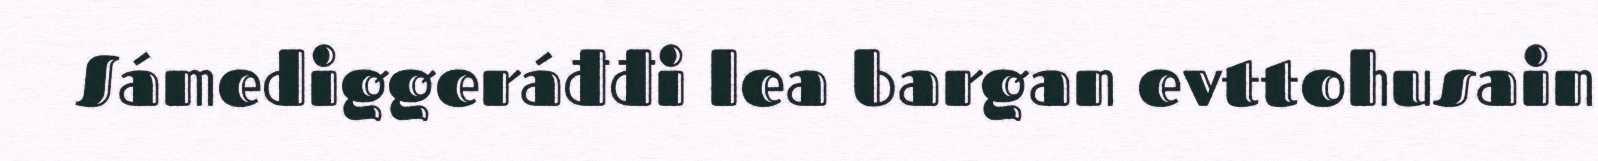
Sámediggeráđđi lea bargan evttohusain